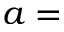
a =